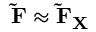
\mathbf { \tilde { F } } \approx \mathbf { \tilde { F } } _ { \mathbf { X } }